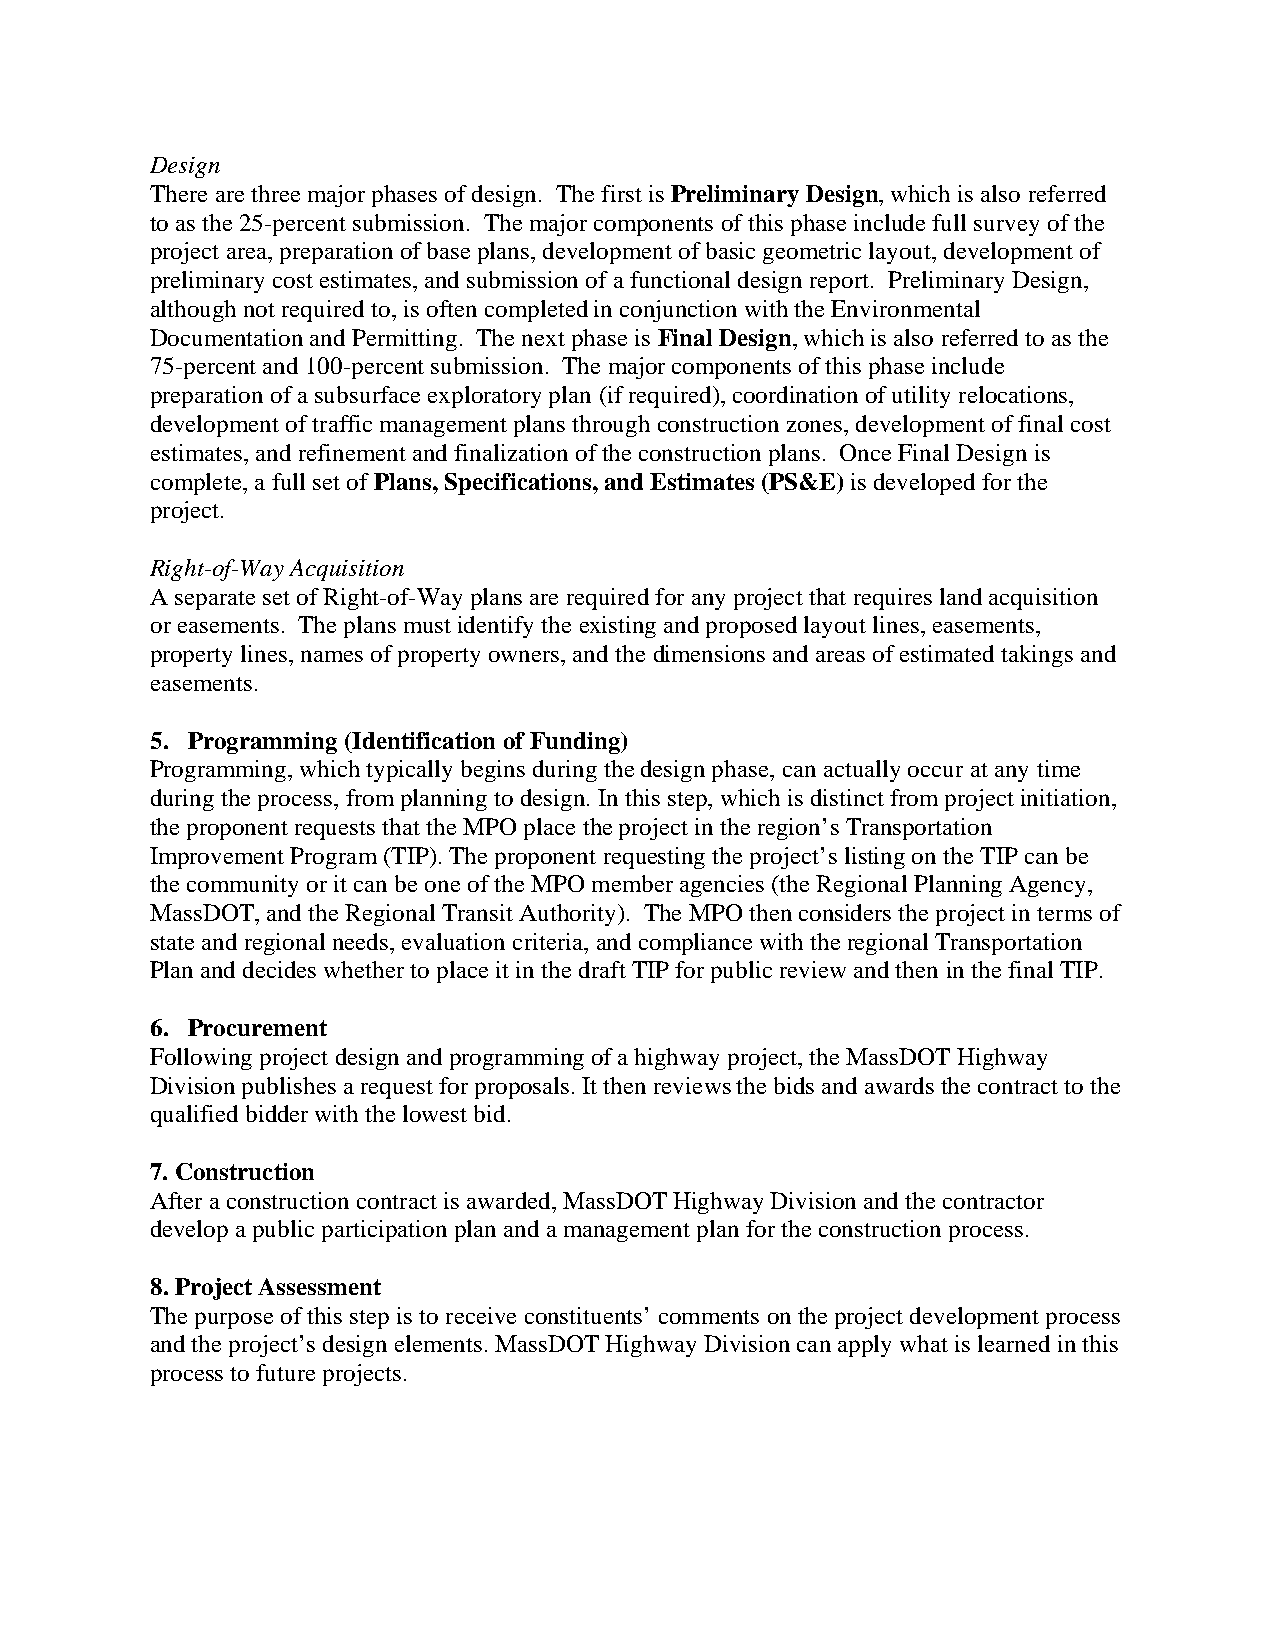
Design
 There are three major phases of design. The first is Preliminary Design, which is also referred
 to as the 25-percent submission. The major components of this phase include full survey of the
 project area, preparation of base plans, development of basic geometric layout, development of
 preliminary cost estimates, and submission of a functional design report. Preliminary Design,
 although not required to, is often completed in conjunction with the Environmental
 Documentation and Permitting. The next phase is Final Design, which is also referred to as the
 75-percent and 100-percent submission. The major components of this phase include
 preparation of a subsurface exploratory plan (if required), coordination of utility relocations,
 development of traffic management plans through construction zones, development of final cost
 estimates, and refinement and finalization of the construction plans. Once Final Design is
 complete, a full set of Plans, Specifications, and Estimates (PS&E) is developed for the
 project.
 Right-of-Way Acquisition
 A separate set of Right-of-Way plans are required for any project that requires land acquisition
 or easements. The plans must identify the existing and proposed layout lines, easements,
 property lines, names of property owners, and the dimensions and areas of estimated takings and
 easements.
 5. Programming (Identification of Funding)
 Programming, which typically begins during the design phase, can actually occur at any time
 during the process, from planning to design. In this step, which is distinct from project initiation,
 the proponent requests that the MPO place the project in the region’s Transportation
 Improvement Program (TIP). The proponent requesting the project’s listing on the TIP can be
 the community or it can be one of the MPO member agencies (the Regional Planning Agency,
 MassDOT, and the Regional Transit Authority). The MPO then considers the project in terms of
 state and regional needs, evaluation criteria, and compliance with the regional Transportation
 Plan and decides whether to place it in the draft TIP for public review and then in the final TIP.
 6. Procurement
 Following project design and programming of a highway project, the MassDOT Highway
 Division publishes a request for proposals. It then reviews the bids and awards the contract to the
 qualified bidder with the lowest bid.
 7. Construction
 After a construction contract is awarded, MassDOT Highway Division and the contractor
 develop a public participation plan and a management plan for the construction process.
 8. Project Assessment
 The purpose of this step is to receive constituents’ comments on the project development process
 and the project’s design elements. MassDOT Highway Division can apply what is learned in this
 process to future projects.